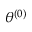
\boldsymbol { \theta ^ { ( 0 ) } }